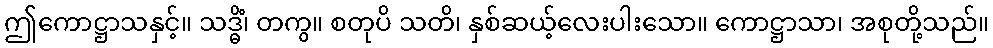
ဤကောဋ္ဌာသနှင့်။ သဒ္ဓိံ၊ တကွ။ စတုပိ သတိ၊ နှစ်ဆယ့်လေးပါးသော။ ကောဋ္ဌာသာ၊ အစုတို့သည်။